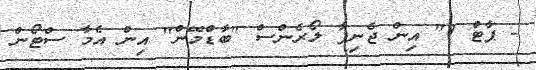
- ޕާޓް 1" އިން ޖެނިފާ ލޯރެންސް "ބާޑްމޭން" އިން އެމާ ސްޓޯން